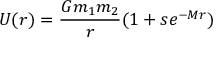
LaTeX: U ( r ) = \frac { G m _ { 1 } m _ { 2 } } { r } ( 1 + s e ^ { - M r } )